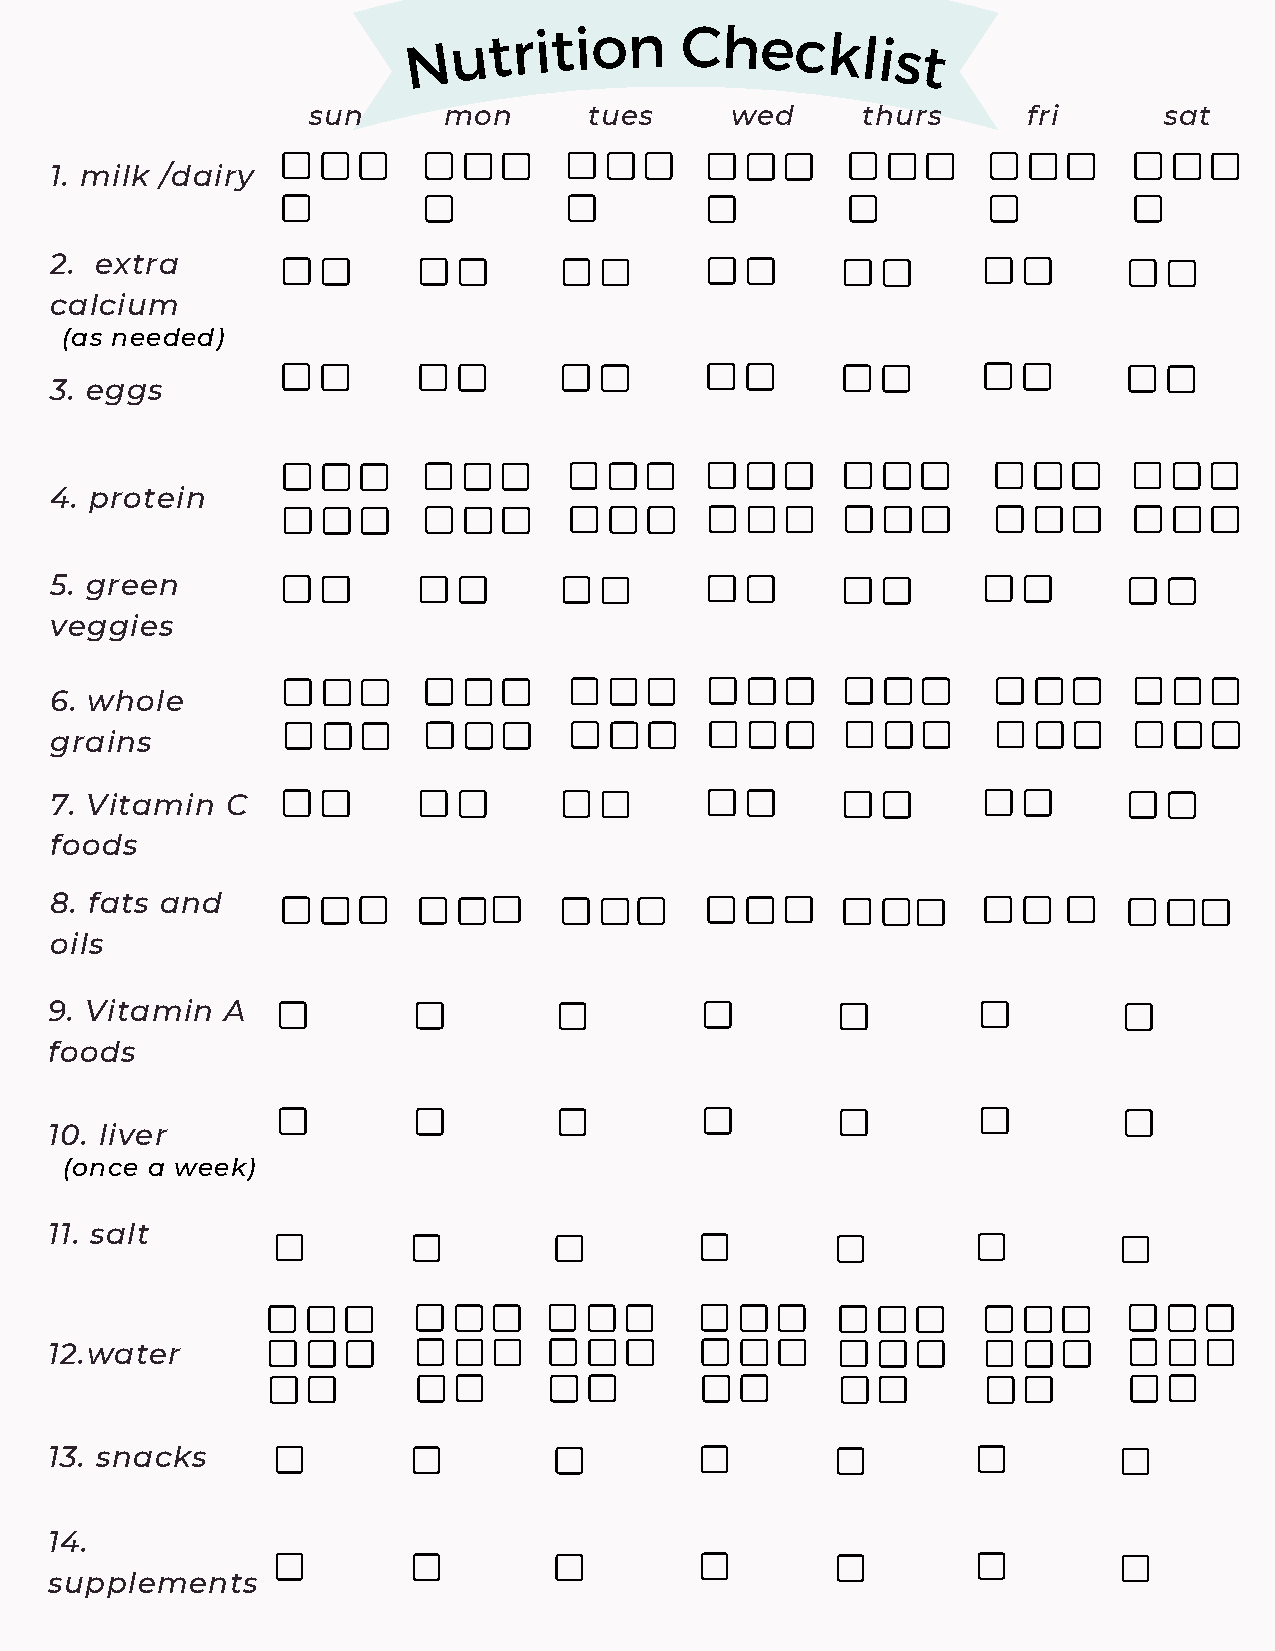
N  u
 trition     Checklist
 sun      mon       tues     wed      thurs      fri      sat
 1. milk /dairy
 2. extra
 calcium
 (as needed)
 3. eggs
 4. protein
 5. green
 veggies
 6. whole
 grains
 7. Vitamin  C
 foods
 8. fats and
 oils
 9. Vitamin  A
 foods
 10. liver
 (once a week)
 11. salt
 12.water
 13. snacks
 14.
 supplements